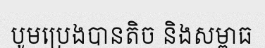
បូមប្រេងបានតិច និងសម្ពាធ